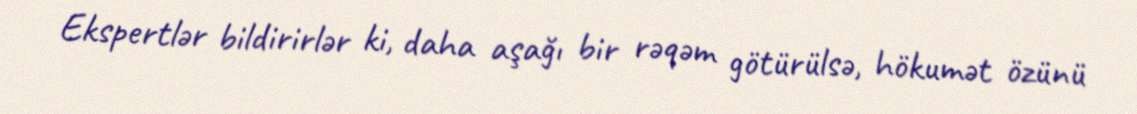
Ekspertlər bildirirlər ki, daha aşağı bir rəqəm götürülsə, hökumət özünü